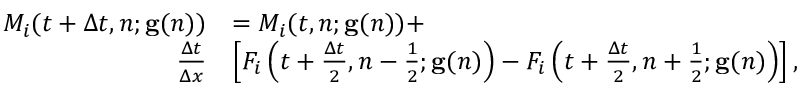
\begin{array} { r l } { M _ { i } ( t + \Delta t , n ; \mathbf { g } ( n ) ) } & { = M _ { i } ( t , n ; \mathbf { g } ( n ) ) + } \\ { \frac { \Delta t } { \Delta x } } & { \left[ F _ { i } \left( t + \frac { \Delta t } { 2 } , n - \frac { 1 } { 2 } ; \mathbf { g } ( n ) \right) - F _ { i } \left( t + \frac { \Delta t } { 2 } , n + \frac { 1 } { 2 } ; \mathbf { g } ( n ) \right) \right] , } \end{array}